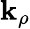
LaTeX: \mathbf{k}_{\rho}